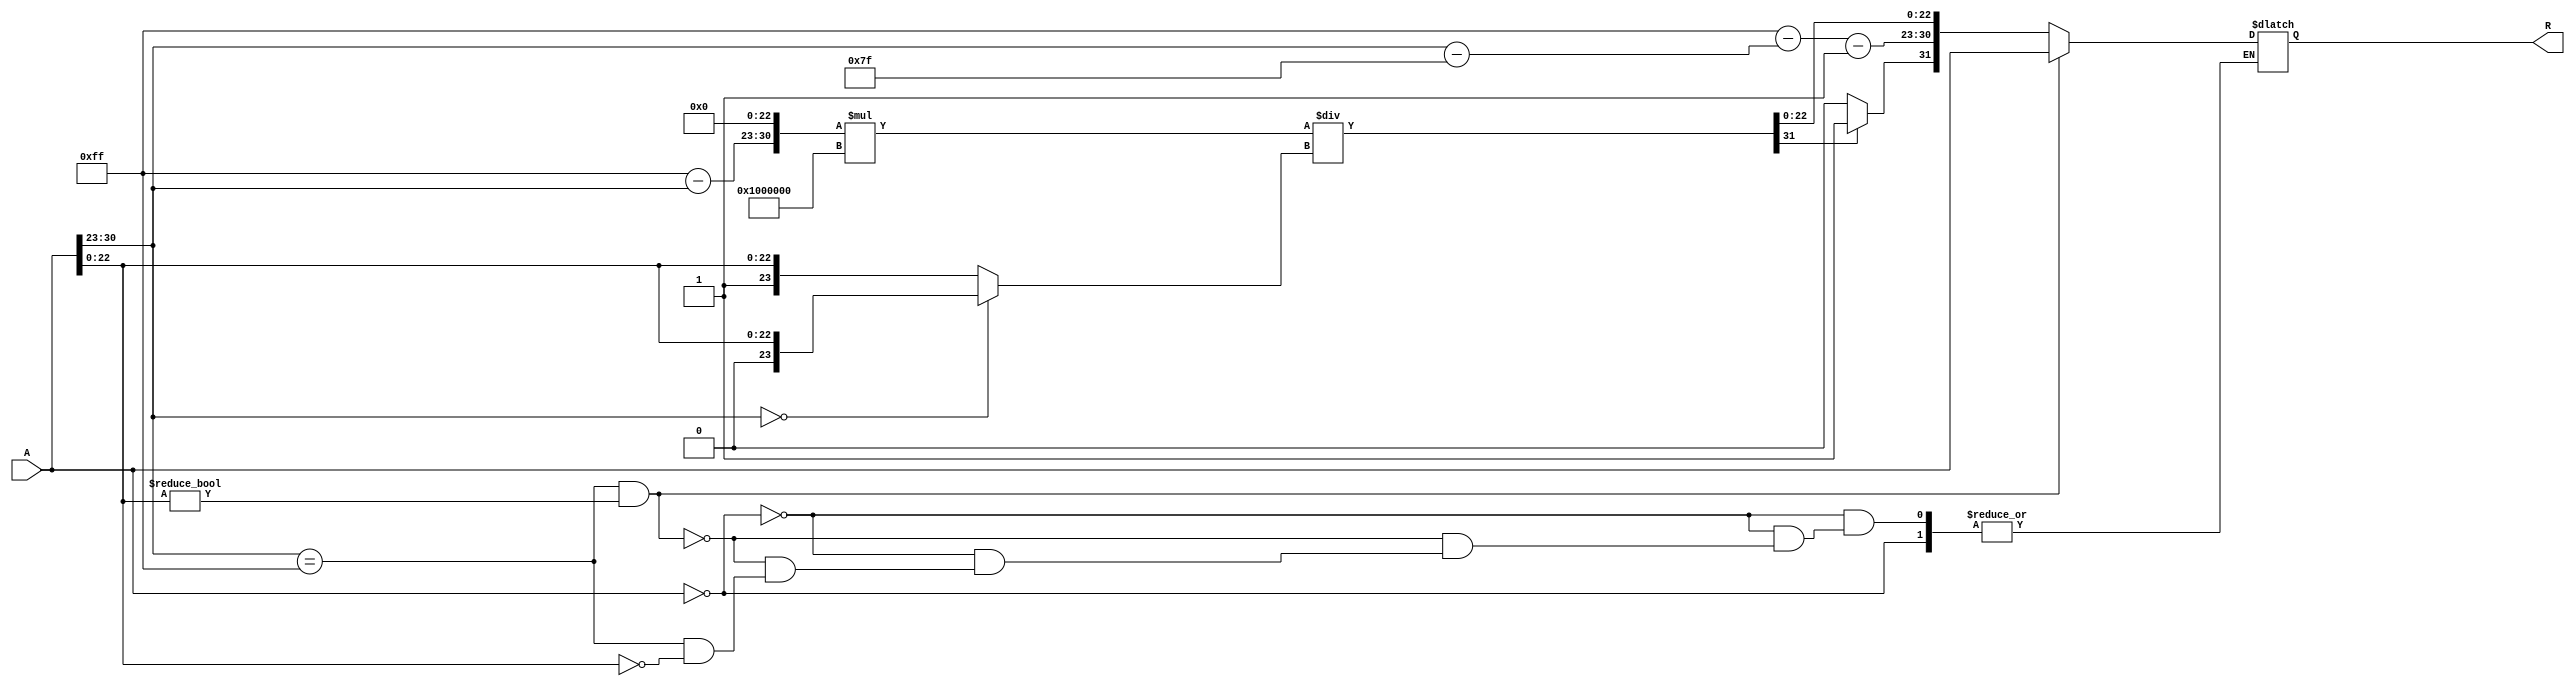
module floating_point_reciprocal (
    input [31:0] A, // Input: 32-bit IEEE 754 floating-point number
    output reg [31:0] R // Output: 32-bit IEEE 754 reciprocal
);

    // Internal signals
    reg [31:0] temp_R;
    reg [7:0] E_A, E_R;
    reg [22:0] M_A, M_R;
    reg S_A, S_R;
    reg [23:0] normalized_mantissa; // 23 bits + implicit leading 1

    always @(*) begin
        // Decompose input
        S_A = A[31]; // Sign bit
        E_A = A[30:23]; // Exponent
        M_A = A[22:0]; // Mantissa

        // Check for special cases
        if (A == 32'b0) begin // If input is zero
            S_R = S_A; // Sign of the result is the same as input
            E_R = 8'hFF; // Set exponent to all 1s for infinity
            M_R = 23'b0; // Mantissa is zero
        end else if (E_A == 8'hFF && M_A != 23'b0) begin // NaN case
            R = A; // Propagate NaN
        end else if (E_A == 8'hFF && M_A == 23'b0) begin // Infinite case
            S_R = ~S_A; // Inverse sign for the output
            E_R = 8'hFF; // Set exponent to all 1s for infinity
            M_R = 23'b0; // Mantissa is zero
        end else begin
            // Normalize the mantissa
            if (E_A == 0) begin
                normalized_mantissa = {1'b0, M_A}; // Denormalized case, no leading 1
                E_R = 8'h00; // Exponent will be adjusted later
            end else begin
                normalized_mantissa = {1'b1, M_A}; // Normalized case, leading 1
                E_R = E_A; // Start exponent
            end
            
            // Initial approximation of reciprocal: 1 / (1.M_A * 2^(E_A - 127))
            // Using a simple reciprocal approximation
            // For simplicity, we can use a naive approach here
            temp_R = {1'b0, 8'hFF - E_A, 23'b0}; // Initial estimate

            // Refine the approximation (simple fixed-point iteration)
            // For actual implementations, consider using a more precise method
            temp_R = temp_R * (2**24) / (normalized_mantissa); // Rough approximation
            
            // Normalize the result
            S_R = 0; // Positive result by default, adjust later if necessary
            if (temp_R[31]) begin
                S_R = 1; // If the result is negative, set the sign bit
            end
            
            // Adjust exponent and mantissa
            E_R = 8'hFF - (E_A - 127) - 1; // Adjust exponent for reciprocal
            M_R = temp_R[22:0]; // Use the mantissa from the approximation
            
            // Combine the final result
            R = {S_R, E_R, M_R};
        end
    end
endmodule